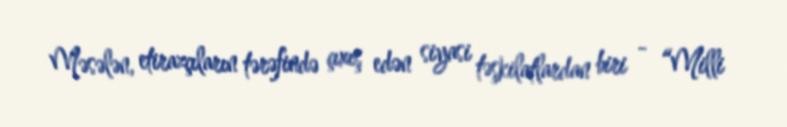
Məsələn, etirazçıların tərəfində çıxış edən siyasi təşkilatlardan biri - “Milli